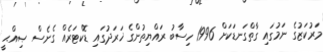
މަރުކަޒުގެ ނަމުގައި ގާތްގަނޑަކަށް 1996 ހިސާބު ރައްޔިތުންގެ ޚަރަދުގައި ޑޮކްޓަރެއް ގެނެސް ޞިއްޙީ